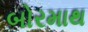
બોરમાથ